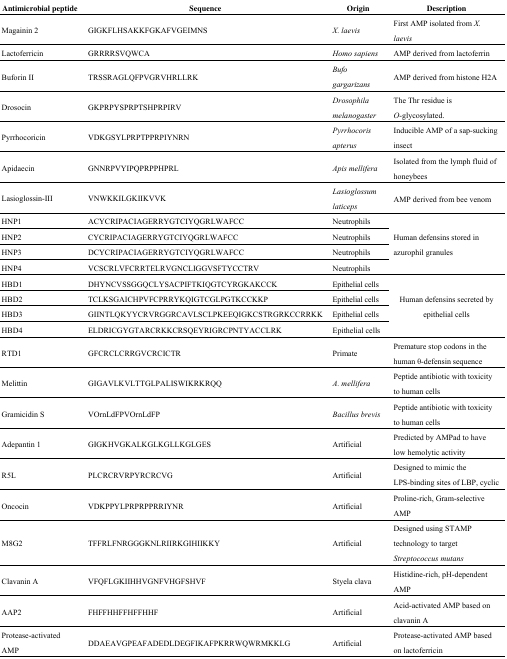
<table><thead><tr><td><b>Antimicrobial peptide</b></td><td><b>Sequence</b></td><td><b>Origin</b></td><td><b>Description</b></td></tr></thead><tbody><tr><td>Magainin 2</td><td>GIGKFLHSAKKFGKAFVGEIMNS</td><td><i>X.</i><i>laevis</i></td><td>First AMP isolated from <i>X. laevis</i></td></tr><tr><td>Lactoferricin</td><td>GRRRRSVQWCA</td><td><i>Homo</i><i>sapiens</i></td><td>AMP derived from lactoferrin</td></tr><tr><td>Buforin II</td><td>TRSSRAGLQFPVGRVHRLLRK</td><td><i>Bufo</i><i>gargarizans</i></td><td>AMP derived from histone H2A</td></tr><tr><td>Drosocin</td><td>GKPRPYSPRPTSHPRPIRV</td><td><i>Drosophila</i><i>melanogaster</i></td><td>The Thr residue is <i>O</i>-glycosylated.</td></tr><tr><td>Pyrrhocoricin</td><td>VDKGSYLPRPTPPRPIYNRN</td><td><i>Pyrrhocoris</i><i>apterus</i></td><td>Inducible AMP of a sap-sucking insect</td></tr><tr><td>Apidaecin</td><td>GNNRPVYIPQPRPPHPRL</td><td><i>Apis</i><i>mellifera</i></td><td>Isolated from the lymph fluid of honeybees</td></tr><tr><td>Lasioglossin-III</td><td>VNWKKILGKIIKVVK</td><td><i>Lasioglossum</i><i>laticeps</i></td><td>AMP derived from bee venom</td></tr><tr><td>HNP1</td><td>ACYCRIPACIAGERRYGTCIYQGRLWAFCC</td><td>Neutrophils</td><td rowspan="4">Human defensins stored in azurophil granules</td></tr><tr><td>HNP2</td><td>CYCRIPACIAGERRYGTCIYQGRLWAFCC</td><td>Neutrophils</td></tr><tr><td>HNP3</td><td>DCYCRIPACIAGERRYGTCIYQGRLWAFCC</td><td>Neutrophils</td></tr><tr><td>HNP4</td><td>VCSCRLVFCRRTELRVGNCLIGGVSFTYCCTRV</td><td>Neutrophils</td></tr><tr><td>HBD1</td><td>DHYNCVSSGGQCLYSACPIFTKIQGTCYRGKAKCCK</td><td>Epithelial cells</td><td rowspan="4">Human defensins secreted by epithelial cells</td></tr><tr><td>HBD2</td><td>TCLKSGAICHPVFCPRRYKQIGTCGLPGTKCCKKP</td><td>Epithelial cells</td></tr><tr><td>HBD3</td><td>GIINTLQKYYCRVRGGRCAVLSCLPKEEQIGKCSTRGRKCCRRKK</td><td>Epithelial cells</td></tr><tr><td>HBD4</td><td>ELDRICGYGTARCRKKCRSQEYRIGRCPNTYACCLRK</td><td>Epithelial cells</td></tr><tr><td>RTD1</td><td>GFCRCLCRRGVCRCICTR</td><td>Primate</td><td>Premature stop codons in the human θ-defensin sequence</td></tr><tr><td>Melittin</td><td>GIGAVLKVLTTGLPALISWIKRKRQQ</td><td><i>A.</i><i>mellifera</i></td><td>Peptide antibiotic with toxicity to human cells</td></tr><tr><td>Gramicidin S</td><td>VOrnLdFPVOrnLdFP</td><td><i>Bacillus</i><i>brevis</i></td><td>Peptide antibiotic with toxicity to human cells</td></tr><tr><td>Adepantin 1</td><td>GIGKHVGKALKGLKGLLKGLGES</td><td>Artificial</td><td>Predicted by AMPad to have low hemolytic activity</td></tr><tr><td>R5L</td><td>PLCRCRVRPYRCRCVG</td><td>Artificial</td><td>Designed to mimic the LPS-binding sites of LBP, cyclic</td></tr><tr><td>Oncocin</td><td>VDKPPYLPRPRPPRRIYNR</td><td>Artificial</td><td>Proline-rich, Gram-selective AMP</td></tr><tr><td>M8G2</td><td>TFFRLFNRGGGKNLRIIRKGIHIIKKY</td><td>Artificial</td><td>Designed using STAMP technology to target <i>Streptococcus mutans</i></td></tr><tr><td>Clavanin A</td><td>VFQFLGKIIHHVGNFVHGFSHVF</td><td>Styela clava</td><td>Histidine-rich, pH-dependent AMP</td></tr><tr><td>AAP2</td><td>FHFFHHFFHFFHHF</td><td>Artificial</td><td>Acid-activated AMP based on clavanin A</td></tr><tr><td>Protease-activated AMP</td><td>DDAEAVGPEAFADEDLDEGFIKAFPKRRWQWRMKKLG</td><td>Artificial</td><td>Protease-activated AMP based on lactoferricin</td></tr></tbody></table>